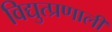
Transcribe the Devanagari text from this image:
विद्युत्प्रणाली